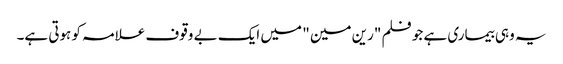
یہ وہی بیماری ہے جو فلم "رین مین " میں ایک بے وقوف علامہ کو ہوتی ہے۔